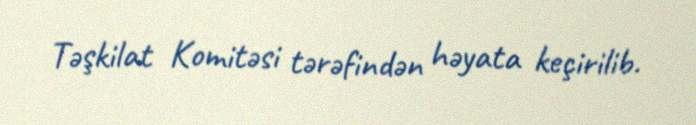
Təşkilat Komitəsi tərəfindən həyata keçirilib.